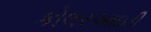
કોલરઆઇડી